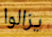
يزالوا